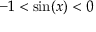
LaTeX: - 1 < \sin ( x ) < 0